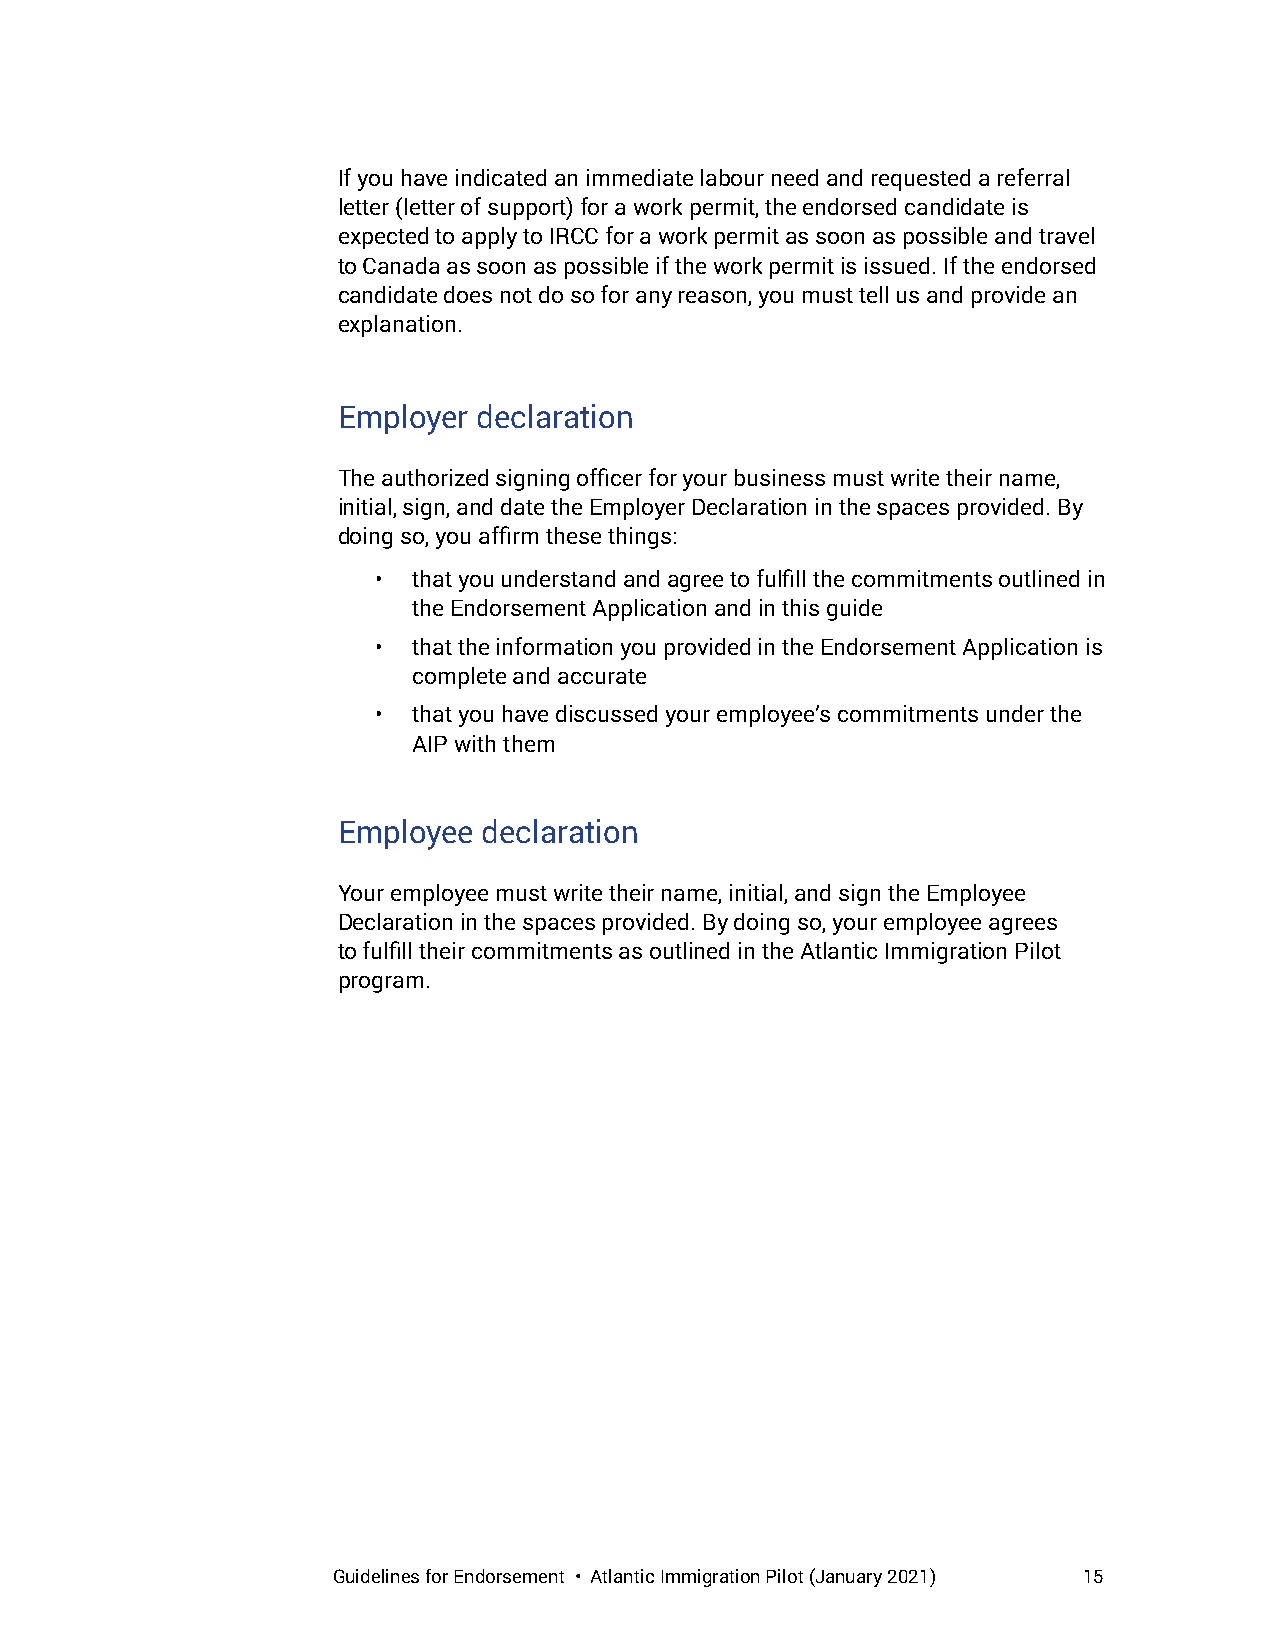
If you have indicated an immediate labour need and requested a referral
 letter (letter of support) for a work permit, the endorsed candidate is
 expected to apply to IRCC for a work permit as soon as possible and travel
 to Canada as soon as possible if the work permit is issued. If the endorsed
 candidate does not do so for any reason, you must tell us and provide an
 explanation.
 Employer  declaration
 The authorized signing officer for your business must write their name,
 initial, sign, and date the Employer Declaration in the spaces provided. By
 doing so, you affirm these things:
 • that you understand and agree to fulfill the commitments outlined in
 the Endorsement Application and in this guide
 • that the information you provided in the Endorsement Application is
 complete and accurate
 • that you have discussed your employee’s commitments under the
 AIP with them
 Employee  declaration
 Your employee must write their name, initial, and sign the Employee
 Declaration in the spaces provided. By doing so, your employee agrees
 to fulfill their commitments as outlined in the Atlantic Immigration Pilot
 program.
 Guidelines for Endorsement • Atlantic Immigration Pilot (January 2021) 15